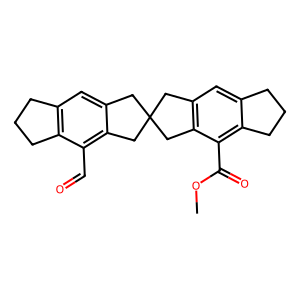
SMILES: COC(=O)c1c2c(cc3c1CC1(Cc4cc5c(c(C=O)c4C1)CCC5)C3)CCC2
Inhibits HIV replication: No